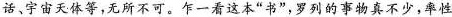
话，宇宙天体等，无所不可。乍一看这本”书”，罗列的事物真不少，率性